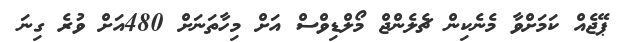
ޕޭޖެއް ކަމަށްވާ މެނެކިން ޗެލެންޖް މޯލްޑިވްސް އަށް މިހާތަނަށް 480އަށް ވުރެ ގިނަ